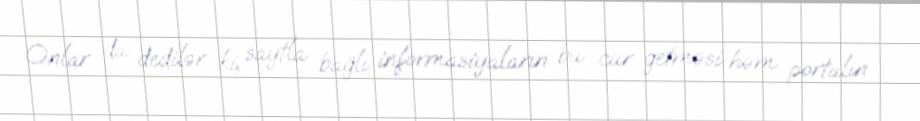
Onlar da dedilər ki, saytla bağlı informasiyaların bu cür getməsi həm portalın